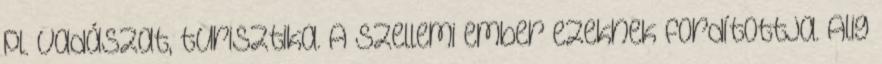
pl. vadászat, turisztika. A szellemi ember ezeknek fordítottja. Alig